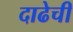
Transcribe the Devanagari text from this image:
दाढेची